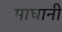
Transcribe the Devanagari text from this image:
माघानी